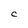
Character: C